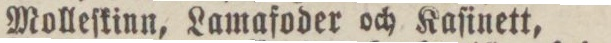
Molleſkinn, Lamafoder och Kaſinett,